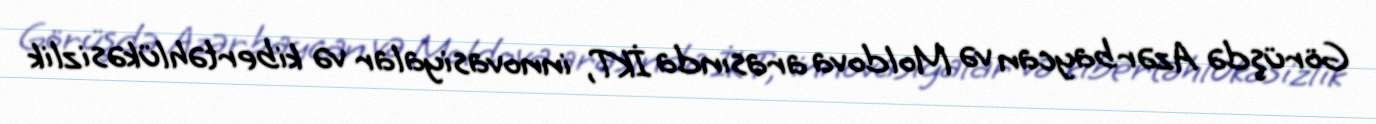
Görüşdə Azərbaycan və Moldova arasında İKT, innovasiyalar və kibertəhlükəsizlik